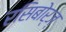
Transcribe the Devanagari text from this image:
रसिबोर्ज्